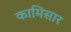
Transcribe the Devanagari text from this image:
कामिसार